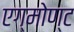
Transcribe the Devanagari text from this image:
एग्मोण्ट